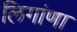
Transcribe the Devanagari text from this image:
लिगांणा